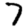
Digit: 7